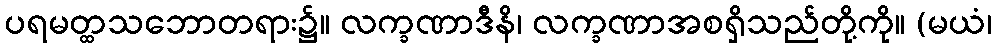
ပရမတ္ထသဘောတရား၌။ လက္ခဏာဒီနိ၊ လက္ခဏာအစရှိသည်တို့ကို။ (မယံ၊